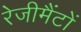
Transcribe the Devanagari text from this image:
रेजीमैंटों